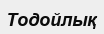
Тодойлық